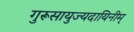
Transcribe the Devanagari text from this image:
गुरूसायुज्यदायिनीम्